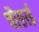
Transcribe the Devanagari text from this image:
चौङाई